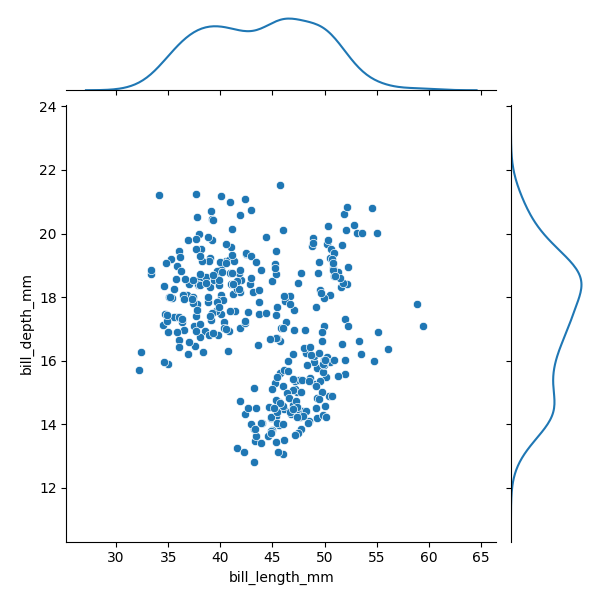
python, seaborn, JointGrid, scatterplot, kdeplot